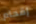
إقحام